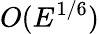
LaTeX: O(E^{1/6})